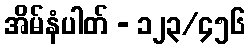
အိမ်နံပါတ် - ၁၂၃/၄၅၆